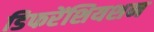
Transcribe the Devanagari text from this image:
डिफरेंशियशन